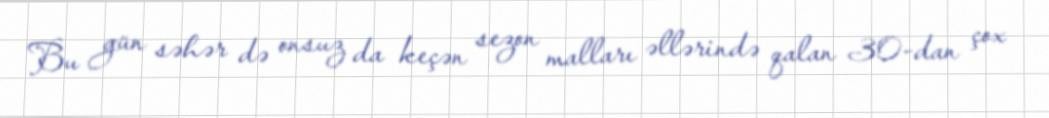
Bu gün səhər də onsuz da keçən sezon malları əllərində qalan 30-dan çox